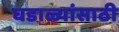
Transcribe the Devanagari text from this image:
घडाळ्यांसाठी